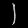
Digit: ၂